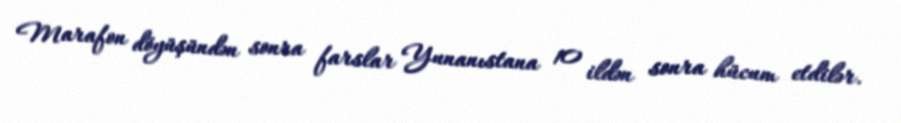
Marafon döyüşündən sonra farslar Yunanıstana 10 ildən sonra hücum etdilər.